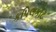
કપિલકોટ